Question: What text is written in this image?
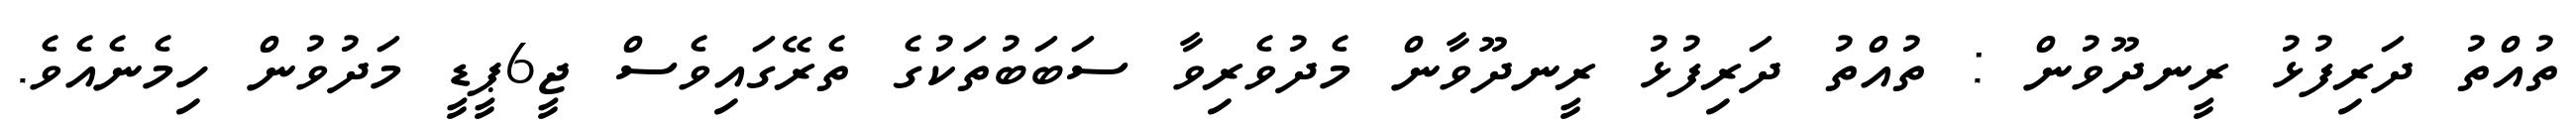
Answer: ތުއްތު ދަރިފުޅު ރީނދޫވުން : ތުއްތު ދަރިފުޅު ރީނދޫވާން މެދުވެރިވާ ސަބަބުތަކުގެ ތެރޭގައިވެސް ޖީ6ޕީޑީ މަދުވުން ހިމެނެއެވެ.